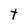
Character: t